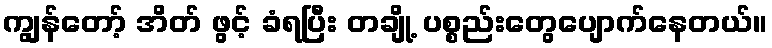
ကျွန်တော့် အိတ် ဖွင့် ခံရပြီး တချို့ ပစ္စည်းတွေပျောက်နေတယ်။